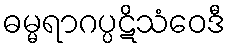
ဓမ္မရာဂပ္ပဋိသံဝေဒီ